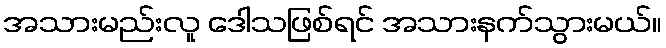
အသားမည်းလူ ဒေါသဖြစ်ရင် အသားနက်သွားမယ်။